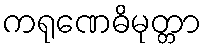
ကရုဏေဓိမုတ္တာ